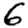
Digit: 6